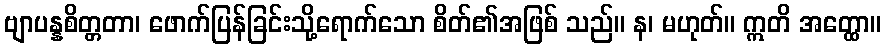
ဗျာပန္နစိတ္တတာ၊ ဖောက်ပြန်ခြင်းသို့ရောက်သော စိတ်၏အဖြစ် သည်။ န၊ မဟုတ်။ ဣတိ အတ္ထော။